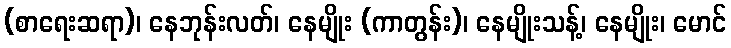
(စာရေးဆရာ)၊ နေဘုန်းလတ်၊ နေမျိုး (ကာတွန်း)၊ နေမျိုးသန့်၊ နေမျိုး၊ မောင်